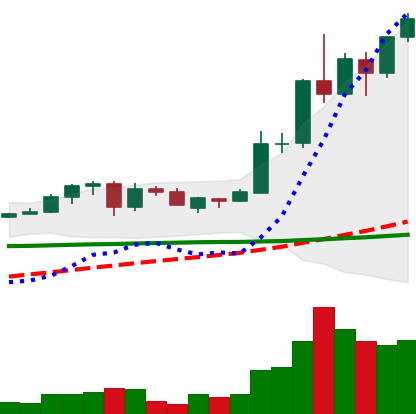
Ticker: ADA-USD
Chart end date: 2020-06-04
Forward return: -6.284%
Label: down_5_7